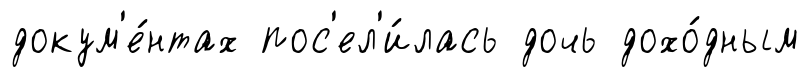
докум'е́нтах пос'ел'и́лась дочь дохо́дным